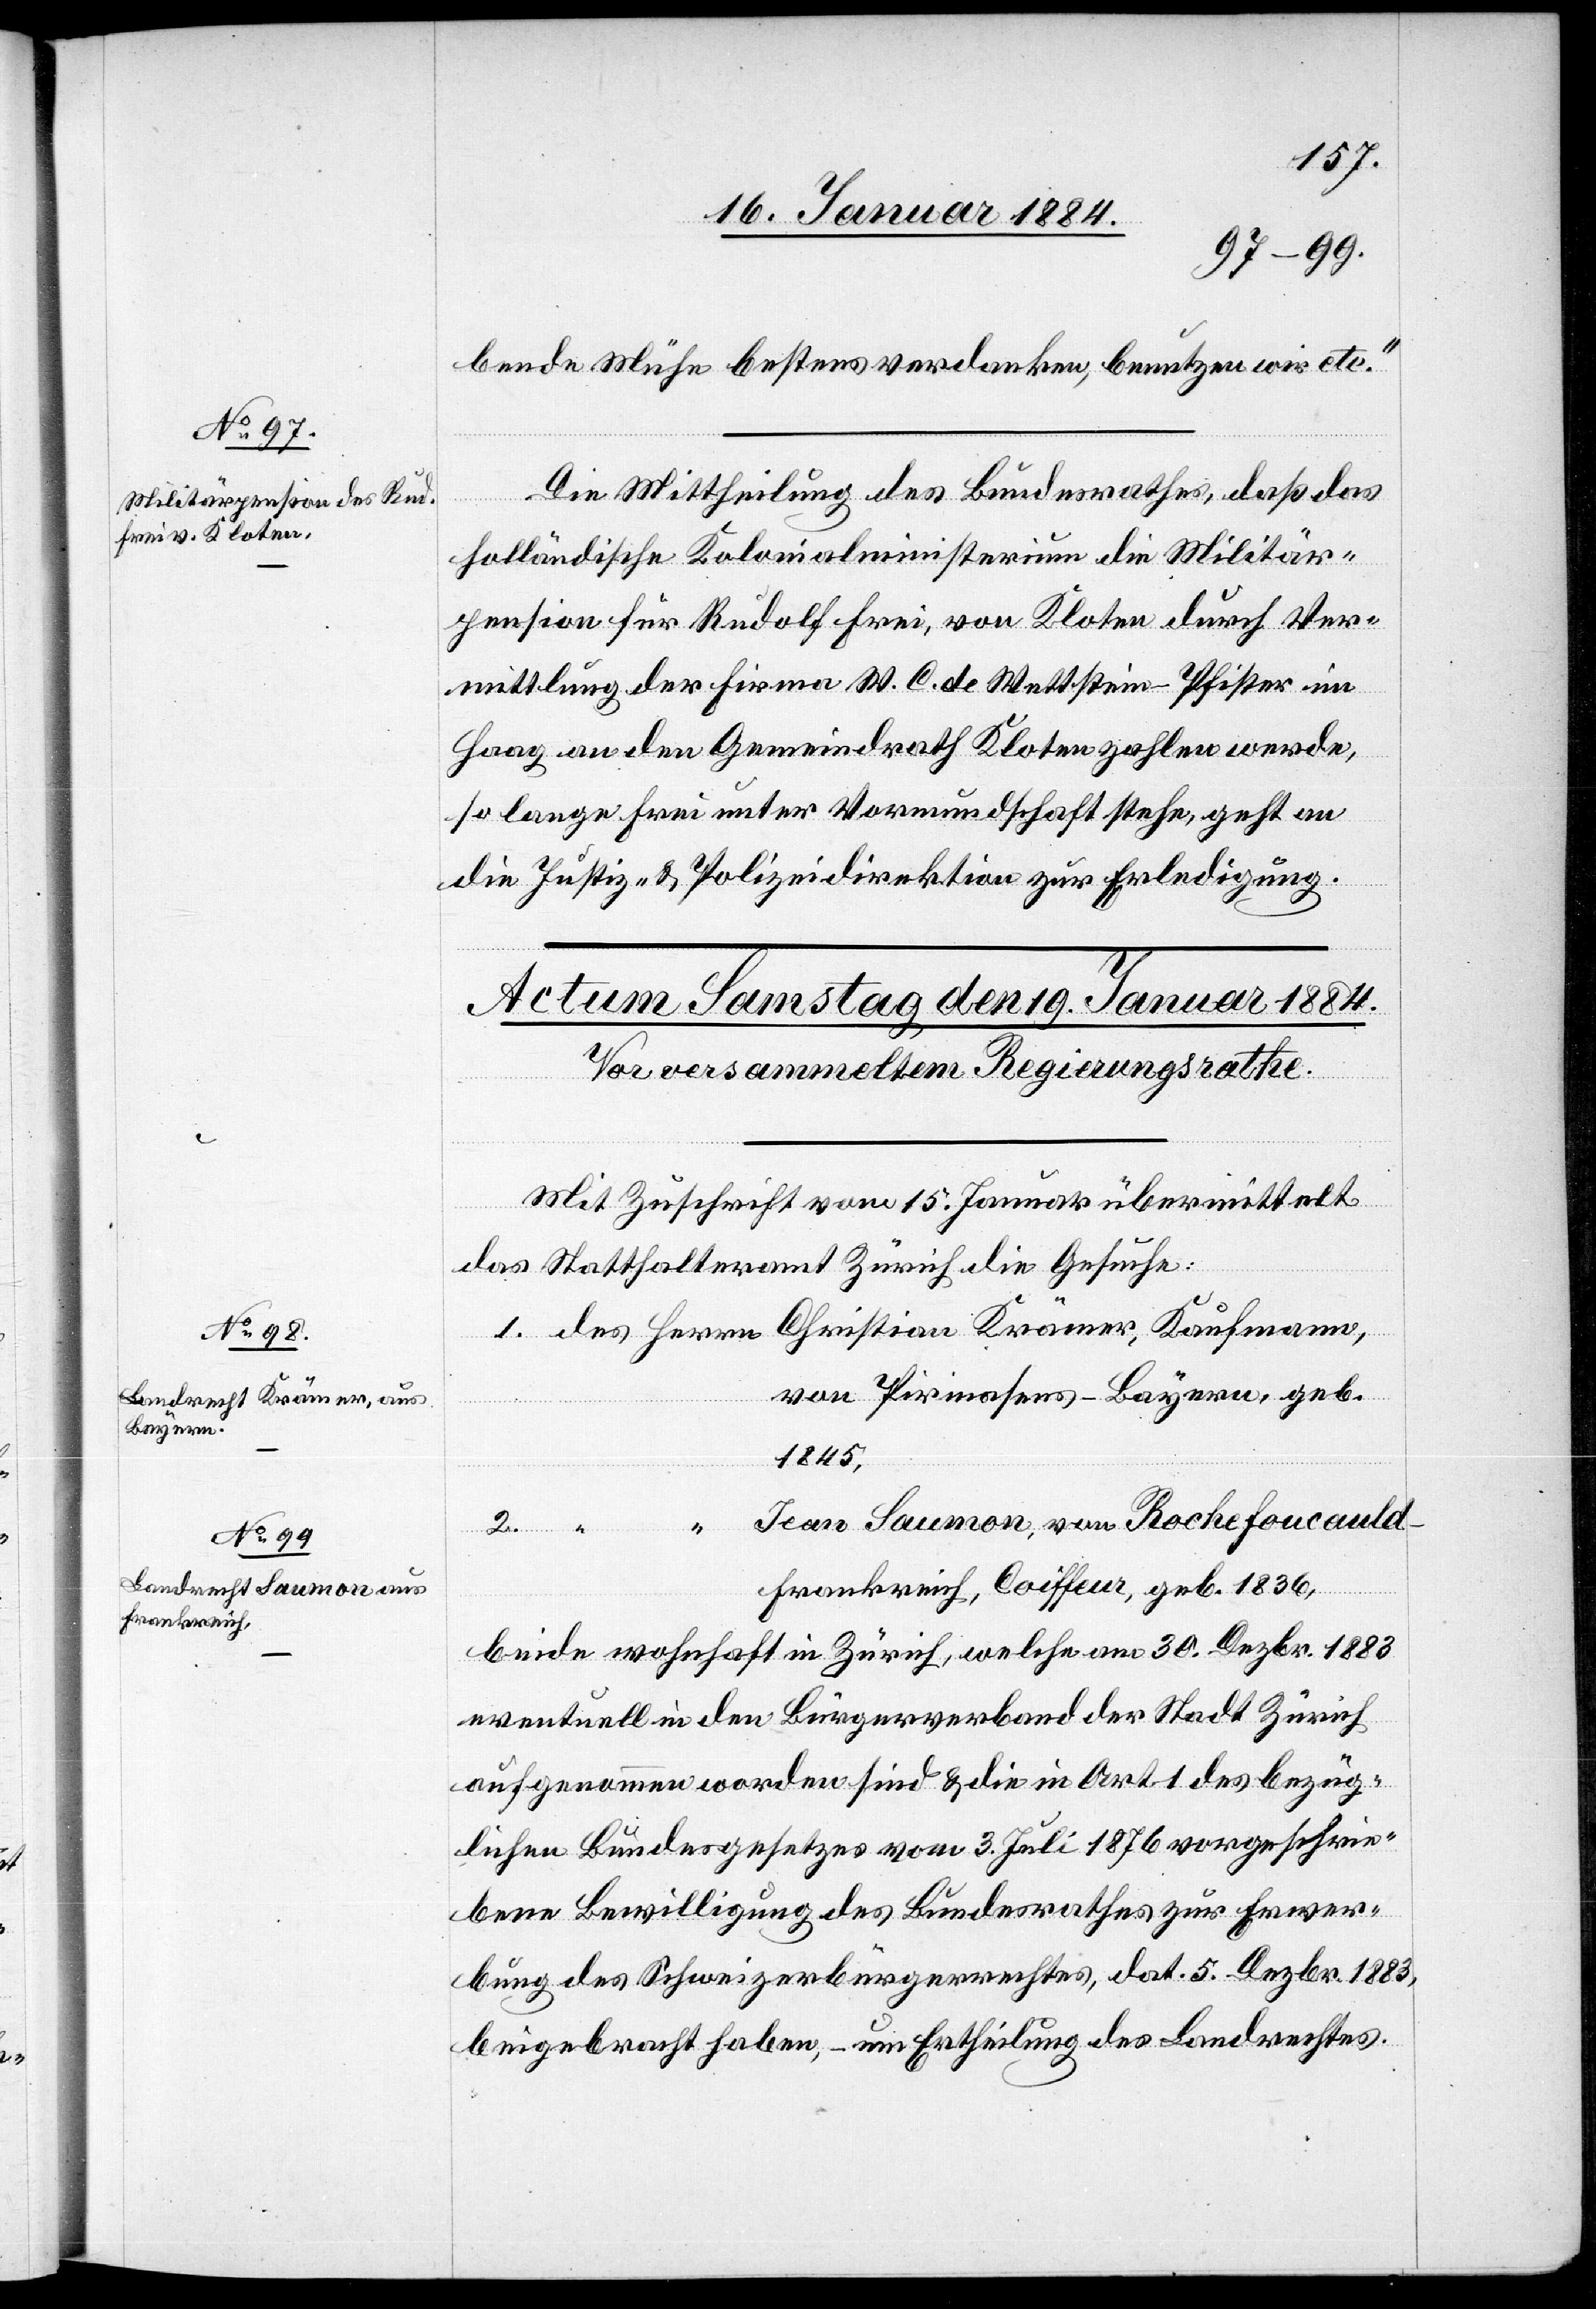
17. Januar 1884.]
bende Mühe bestens verdanken, benutzen wir etc.“
Die Mittheilung des Bundesrathes, daß das
holländische Kolonialministerium die Militär¬
pension für Rudolf Frei, von Kloten durch Ver¬
mittlung der Firma W. C. de Wettstein-Pfister in
Haag an den Gemeindrath Kloten zahlen werde,
so lange Frei unter Vormundschaft stehe, geht an
die Justiz- & Polizeidirektion zur Erledigung.
2.
Mit Zuschrift vom 15. Januar übermittelt
-
das Statthalteramt Zürich die Gesuche:
von Pirmasens - Bayern, geb.
1845,
Jean Saumon, von Rochefoucauld
Frankreich, Coiffeur, geb. 1836,
beide wohnhaft in Zürich, welche am 30. Dezbr. 1883
eventuell in den Bürgerverband der Stadt Zürich
aufgenommen worden sind & die in Art. 1 des bezüg¬
lichen Bundesgesetzes vom 3. Juli 1876 vorgeschrie¬
bene Bewilligung des Bundesrathes zur Erwer¬
bung des Schweizerbürgerrechtes, dat. 5. Dezbr. 1883,
beigebracht haben, – um Ertheilung des Landrechtes.